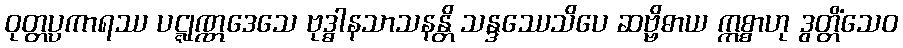
ဝုတ္တပ္ပကာရဿ ပဋ္ဋုဏ္ဏဒေသေ ဗုဒ္ဓါနသာသနန္တိ သန္ဒဿေသိပေ ဆဗ္ဗိဓာယ ဣစ္စာဟု ဒွတ္တိံသေဝ